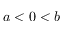
a < 0 < b